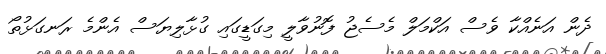
ދެން އަނެއްކާ ވެސް އަކްމަލް މެސެޖު ފޮނުވާލީ މިގަޑީގައި ގުޅާލިޔަސް އެންމެ ރަނގަޅުތޯ